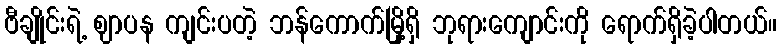
ဗီချိုင်းရဲ့ ဈာပန ကျင်းပတဲ့ ဘန်ကောက်မြို့ရှိ ဘုရားကျောင်းကို ရောက်ရှိခဲ့ပါတယ်။